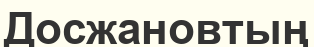
Досжановтың